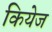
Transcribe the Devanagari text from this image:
कियेज